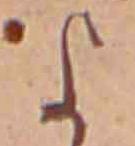
よ